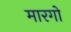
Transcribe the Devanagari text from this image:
मारगो